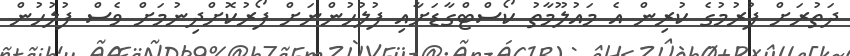
ދަތުރަށް ފުރުމުގެ ކުރިން އެ މައުލޫމާތު ކޯސްޓްގާޑަށާއި ފުލުހުންނަށް ފޯރުކޮށްދިނުމަށް ވެސް ފުލުހުން